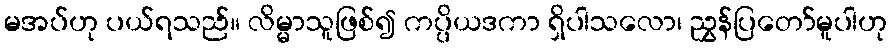
မအပ်ဟု ပယ်ရသည်။ လိမ္မာသူဖြစ်၍ ကပ္ပိယဒကာ ရှိပါသလော၊ ညွှန်ပြတော်မူပါဟု